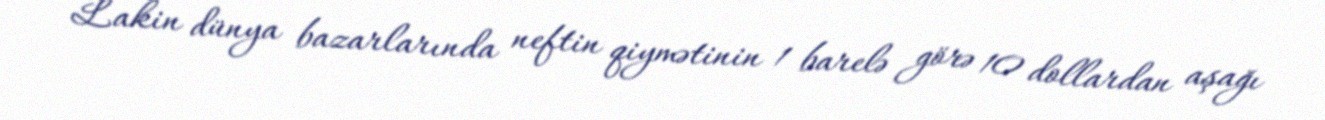
Lakin dünya bazarlarında neftin qiymətinin 1 barelə görə 10 dollardan aşağı